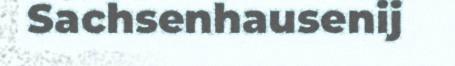
Sachsenhausenij